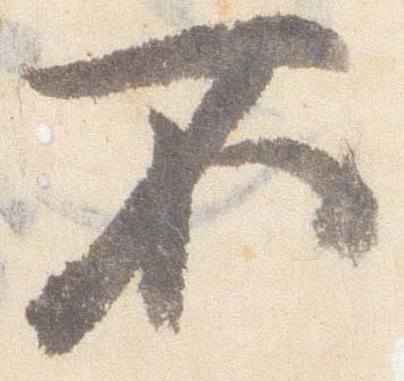
不